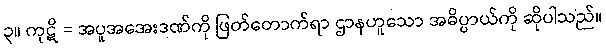
၃။ ကုဋိ = အပူအအေးဒဏ်ကို ဖြတ်တောက်ရာ ဌာနဟူသော အဓိပ္ပာယ်ကို ဆိုပါသည်။